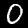
Digit: 0